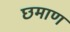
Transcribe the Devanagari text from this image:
छमाण